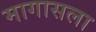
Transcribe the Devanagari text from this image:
मागासला